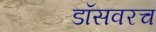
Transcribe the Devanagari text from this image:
डॉसवरच